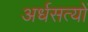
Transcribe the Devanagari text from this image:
अर्धसत्यों